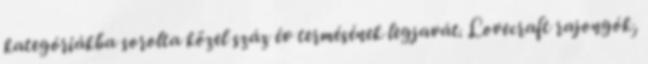
kategóriákba sorolta közel száz év termésének legjavát. Lovecraft rajongók,